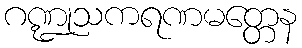
ဂဏ္ဍုသကရဏမတ္တေန